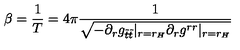
\beta = \frac { 1 } { T } = 4 \pi \frac { 1 } { \sqrt { - \partial _ { r } g _ { \tilde { t } \tilde { t } } | _ { r = r _ { H } } \partial _ { r } g ^ { r r } | _ { r = r _ { H } } } }